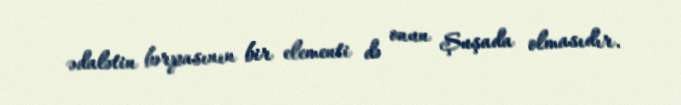
ədalətin bərpasının bir elementi də onun Şuşada olmasıdır.